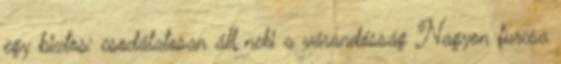
egy biztos: csodálatosan áll neki a várandósság Nagyon furcsa